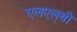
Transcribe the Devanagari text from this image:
एलएल्‌बी